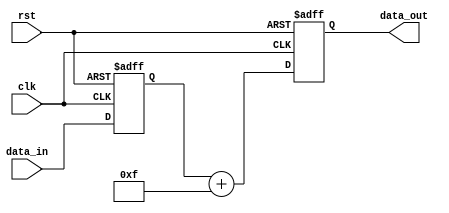
module shift_and_add_register(
    input clk,
    input rst,
    input [7:0] data_in,
    output reg [7:0] data_out
);

reg [7:0] shift_reg;
reg [7:0] constant_value = 8'h0F; // Constant value for addition

always @ (posedge clk or posedge rst) begin
    if (rst) begin
        shift_reg <= 8'h00;
        data_out <= 8'h00;
    end else begin
        // Shift the register to the left by one position
        shift_reg <= {shift_reg[6:0], data_in};
        // Perform addition operation
        data_out <= shift_reg + constant_value;
    end
end

endmodule